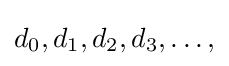
{\textstyle d_{0},d_{1},d_{2},d_{3},\ldots ,}